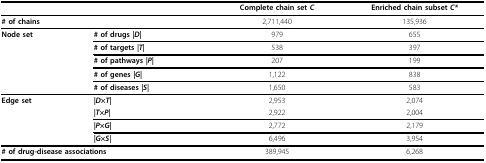
<table><thead><tr><td colspan="2"></td><td><b>Complete chain set <i>C</i></b></td><td><b>Enriched chain subset <i>C*</i></b></td></tr></thead><tbody><tr><td colspan="2"><b># of chains</b></td><td>2,711,440</td><td>135,936</td></tr><tr><td><b>Node set</b></td><td><b># of drugs <i>|D|</i></b></td><td>979</td><td>655</td></tr><tr><td></td><td><b># of targets <i>|T|</i></b></td><td>538</td><td>397</td></tr><tr><td></td><td><b># of pathways <i>|P|</i></b></td><td>207</td><td>199</td></tr><tr><td></td><td><b># of genes <i>|G|</i></b></td><td>1,122</td><td>838</td></tr><tr><td></td><td><b># of diseases <i>|S|</i></b></td><td>1,650</td><td>583</td></tr><tr><td><b>Edge set</b></td><td><b><i>|D×T|</i></b></td><td>2,953</td><td>2,074</td></tr><tr><td></td><td><b><i>|T×P|</i></b></td><td>2,922</td><td>2,004</td></tr><tr><td></td><td><b><i>|P×G|</i></b></td><td>2,772</td><td>2,179</td></tr><tr><td></td><td><b><i>|G×S|</i></b></td><td>6,496</td><td>3,954</td></tr><tr><td colspan="2"><b># of drug-disease associations</b></td><td>389,945</td><td>6,268</td></tr></tbody></table>